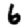
Digit: 6